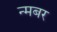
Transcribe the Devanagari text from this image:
न्मबर